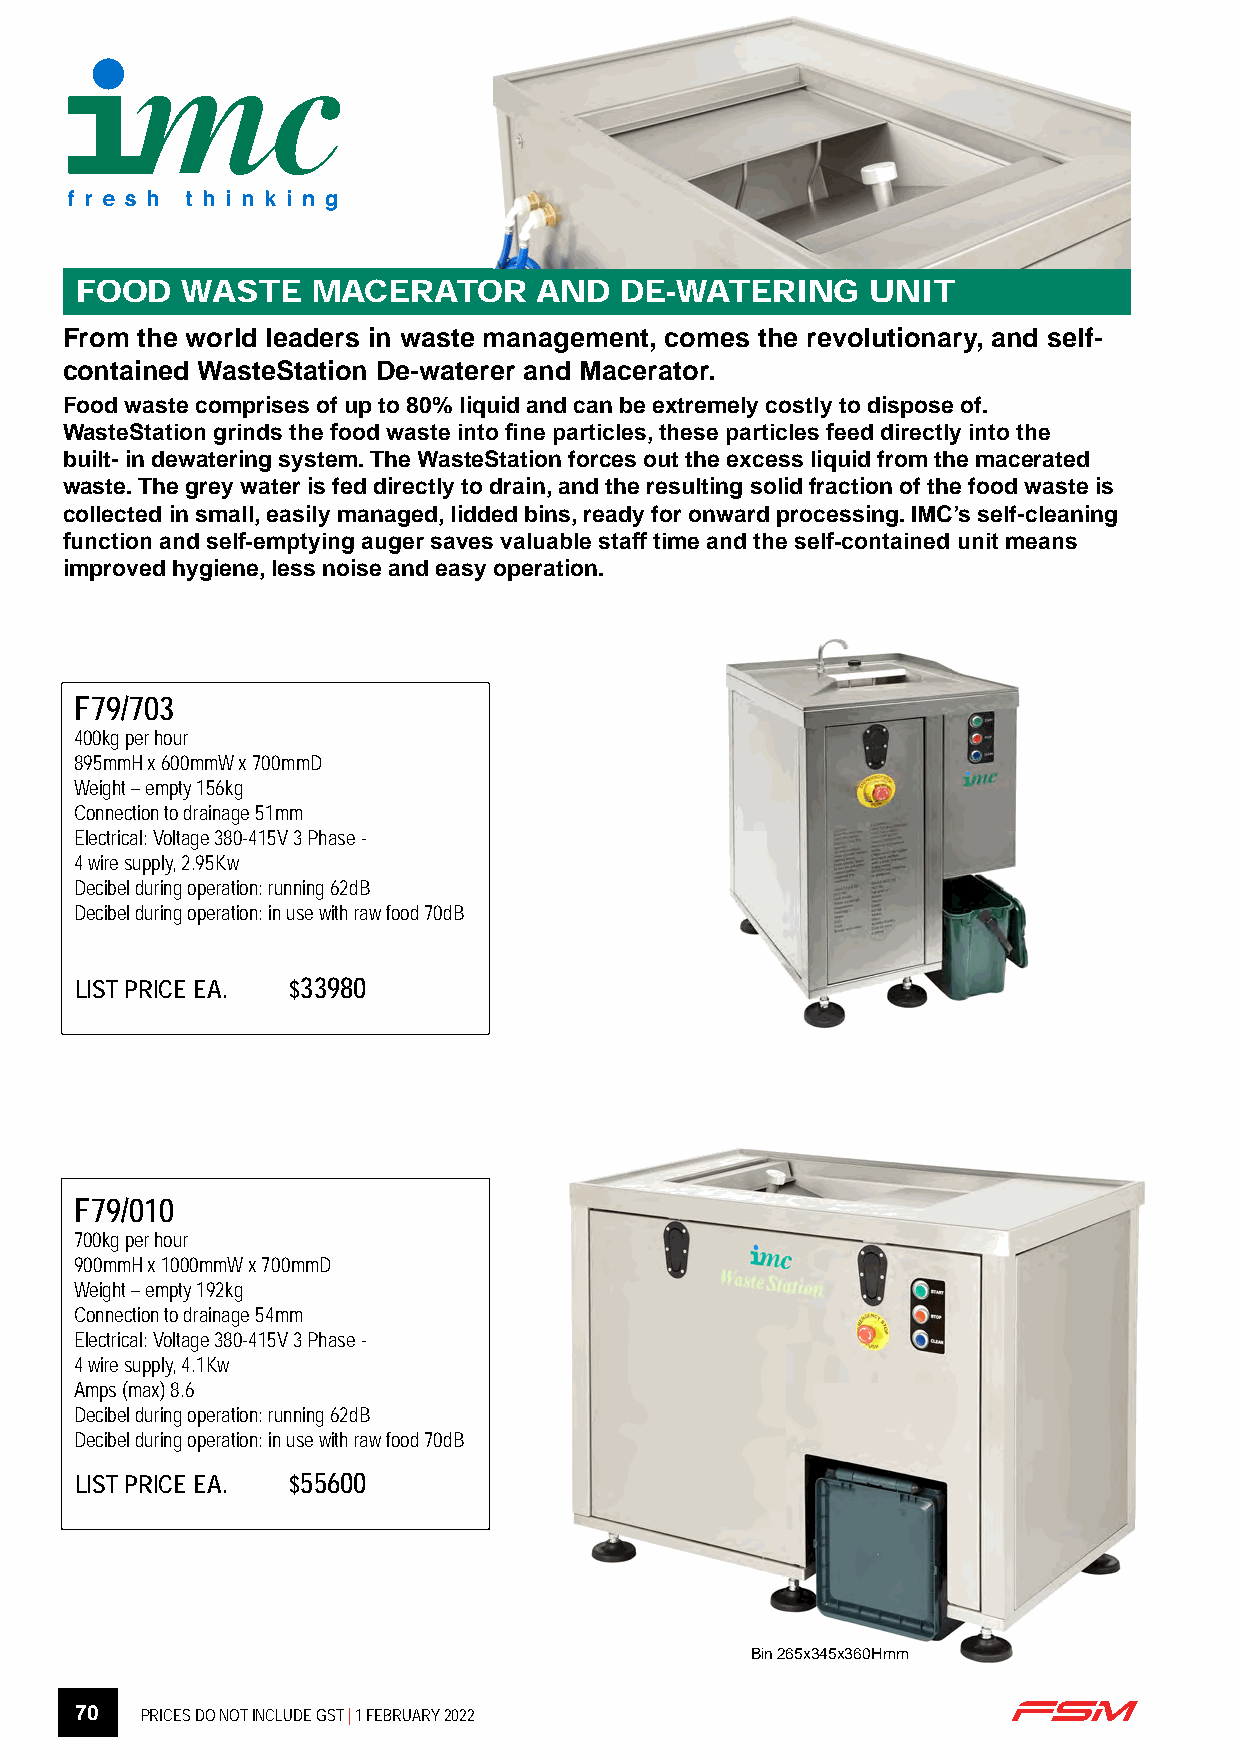
FOOD   WASTE    MACERATOR      AND  DE-WATERING      UNIT
 From the world leaders in waste management, comes the revolutionary, and self-
 contained WasteStation De-waterer and Macerator.
 Food waste comprises of up to 80% liquid and can be extremely costly to dispose of.
 WasteStation grinds the food waste into fine particles, these particles feed directly into the
 built- in dewatering system. The WasteStation forces out the excess liquid from the macerated
 waste. The grey water is fed directly to drain, and the resulting solid fraction of the food waste is
 collected in small, easily managed, lidded bins, ready for onward processing. IMC’s self-cleaning
 function and self-emptying auger saves valuable staff time and the self-contained unit means
 improved hygiene, less noise and easy operation.
 F79/703
 400kg per hour
 895mmH x 600mmW x 700mmD
 Weight – empty 156kg
 Connection to drainage 51mm
 Electrical: Voltage 380-415V 3 Phase -
 4 wire supply, 2.95Kw
 Decibel during operation: running 62dB
 Decibel during operation: in use with raw food 70dB
 LIST PRICE EA. $33980
 F79/010
 700kg per hour
 900mmH x 1000mmW x 700mmD
 Weight – empty 192kg
 Connection to drainage 54mm
 Electrical: Voltage 380-415V 3 Phase -
 4 wire supply, 4.1Kw
 Amps (max) 8.6
 Decibel during operation: running 62dB
 Decibel during operation: in use with raw food 70dB
 LIST PRICE EA. $55600
 Bin 265x345x360Hmm
 70  PRICES DO NOT INCLUDE GST | 1 FEBRUARY 2022